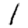
Digit: 1